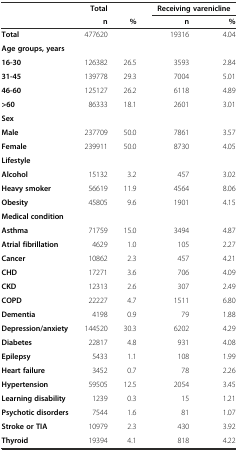
<table><thead><tr><td></td><td><b>Total</b></td><td></td><td colspan="2"><b>Receiving varenicline</b></td></tr><tr><td></td><td><b>n</b></td><td><b>%</b></td><td><b>n</b></td><td><b>%</b></td></tr></thead><tbody><tr><td><b>Total</b></td><td>477620</td><td></td><td>19316</td><td>4.04</td></tr><tr><td><b>Age groups, years</b></td><td></td><td></td><td></td><td></td></tr><tr><td><b>16-30</b></td><td>126382</td><td>26.5</td><td>3593</td><td>2.84</td></tr><tr><td><b>31-45</b></td><td>139778</td><td>29.3</td><td>7004</td><td>5.01</td></tr><tr><td><b>46-60</b></td><td>125127</td><td>26.2</td><td>6118</td><td>4.89</td></tr><tr><td><b>&gt;60</b></td><td>86333</td><td>18.1</td><td>2601</td><td>3.01</td></tr><tr><td><b>Sex</b></td><td></td><td></td><td></td><td></td></tr><tr><td><b>Male</b></td><td>237709</td><td>50.0</td><td>7861</td><td>3.57</td></tr><tr><td><b>Female</b></td><td>239911</td><td>50.0</td><td>8730</td><td>4.05</td></tr><tr><td><b>Lifestyle</b></td><td></td><td></td><td></td><td></td></tr><tr><td><b>Alcohol</b></td><td>15132</td><td>3.2</td><td>457</td><td>3.02</td></tr><tr><td><b>Heavy smoker</b></td><td>56619</td><td>11.9</td><td>4564</td><td>8.06</td></tr><tr><td><b>Obesity</b></td><td>45805</td><td>9.6</td><td>1901</td><td>4.15</td></tr><tr><td><b>Medical condition</b></td><td></td><td></td><td></td><td></td></tr><tr><td><b>Asthma</b></td><td>71759</td><td>15.0</td><td>3494</td><td>4.87</td></tr><tr><td><b>Atrial fibrillation</b></td><td>4629</td><td>1.0</td><td>105</td><td>2.27</td></tr><tr><td><b>Cancer</b></td><td>10862</td><td>2.3</td><td>457</td><td>4.21</td></tr><tr><td><b>CHD</b></td><td>17271</td><td>3.6</td><td>706</td><td>4.09</td></tr><tr><td><b>CKD</b></td><td>12313</td><td>2.6</td><td>307</td><td>2.49</td></tr><tr><td><b>COPD</b></td><td>22227</td><td>4.7</td><td>1511</td><td>6.80</td></tr><tr><td><b>Dementia</b></td><td>4198</td><td>0.9</td><td>79</td><td>1.88</td></tr><tr><td><b>Depression/anxiety</b></td><td>144520</td><td>30.3</td><td>6202</td><td>4.29</td></tr><tr><td><b>Diabetes</b></td><td>22817</td><td>4.8</td><td>931</td><td>4.08</td></tr><tr><td><b>Epilepsy</b></td><td>5433</td><td>1.1</td><td>108</td><td>1.99</td></tr><tr><td><b>Heart failure</b></td><td>3452</td><td>0.7</td><td>78</td><td>2.26</td></tr><tr><td><b>Hypertension</b></td><td>59505</td><td>12.5</td><td>2054</td><td>3.45</td></tr><tr><td><b>Learning disability</b></td><td>1239</td><td>0.3</td><td>15</td><td>1.21</td></tr><tr><td><b>Psychotic disorders</b></td><td>7544</td><td>1.6</td><td>81</td><td>1.07</td></tr><tr><td><b>Stroke or TIA</b></td><td>10979</td><td>2.3</td><td>430</td><td>3.92</td></tr><tr><td><b>Thyroid</b></td><td>19394</td><td>4.1</td><td>818</td><td>4.22</td></tr></tbody></table>